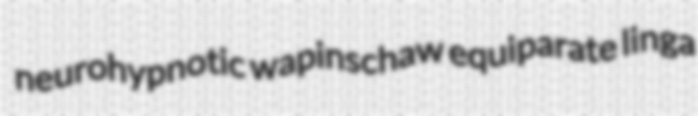
neurohypnotic wapinschaw equiparate linga